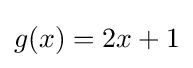
g(x)=2x+1